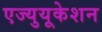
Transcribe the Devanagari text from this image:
एज्युयूकेशन